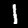
Label: 1